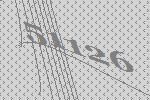
51126